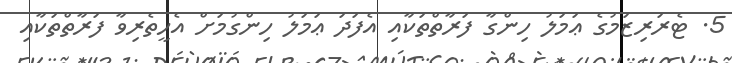
5. ޓެރަރިޒަމުގެ ޢަމަލު ހިންގާ ފަރާތްތަކާއި އެފަދަ ޢަމަލު ހިންގުމަށް އެހީތެރިވާ ފަރާތްތަކާއި